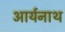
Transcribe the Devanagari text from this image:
आर्यनाथ